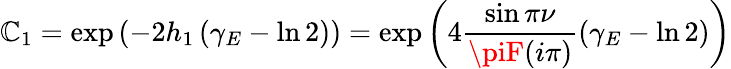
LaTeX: \mathbb{C}_{1}=\exp\left(-2h_{1}\left(\gamma_{E}-\ln2\right)\right)=\exp\left(4\frac{{\sin\pi\nu}}{{\piF(i\pi)}}\left(\gamma_{E}-\ln2\right)\right)